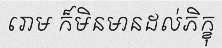
រោម ក៏មិនមានដល់ភិក្ខុ